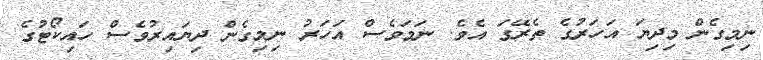
ނިމިގެން މިދިޔަ އަހަރުގެ ތެރޭގަ އެވެ. ނަމަވެސް އަހަރު ނިމިގެން ދިޔައިރުވެސް ހައިކޯޓުގެ